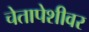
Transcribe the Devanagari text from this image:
चेतापेशीवर